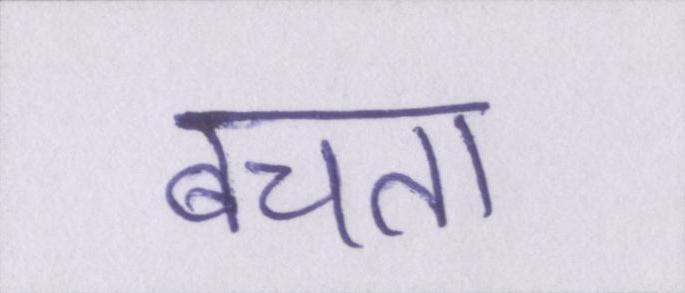
बचता